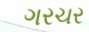
ગરચર